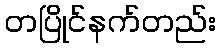
တပြိုင်နက်တည်း